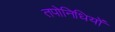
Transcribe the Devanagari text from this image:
तपोनिधियों